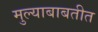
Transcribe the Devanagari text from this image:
मुल्याबाबतीत